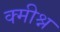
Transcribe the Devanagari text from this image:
क्मीश्न